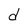
Character: d